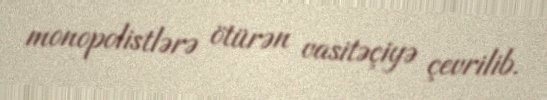
monopolistlərə ötürən vasitəçiyə çevrilib.